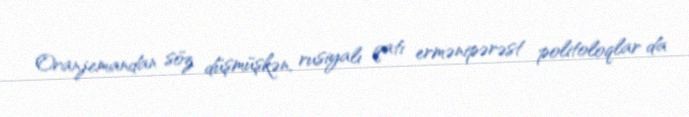
Oranjemandan söz düşmüşkən, rusiyalı qatı ermənipərəst politoloqlar da